Annual report of the Civil Veterinary Department, Bengal, for the year 1897-98 - 1897-1898
Year: 1897
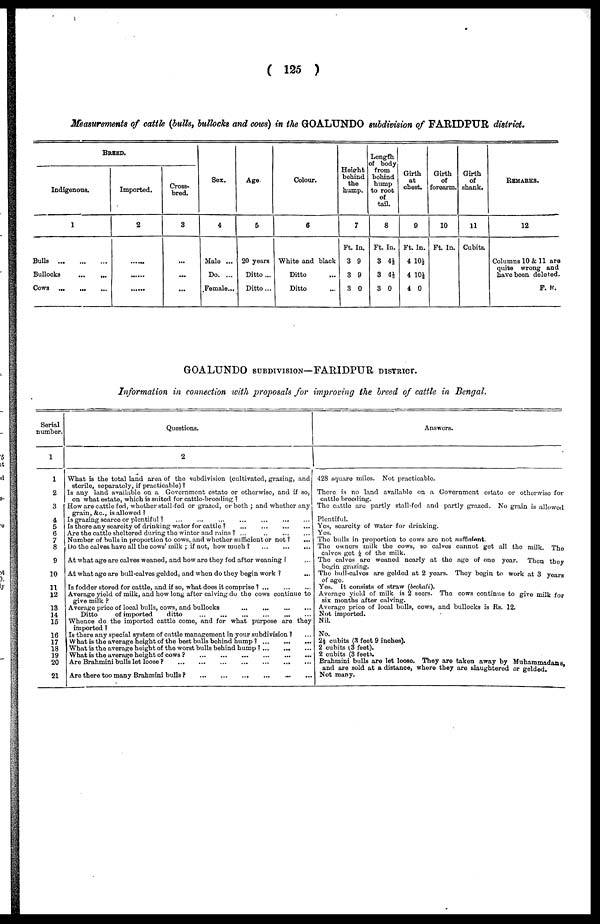
(125)
Measurements of cattle (bulls, bullocks and cows) in the GOALUNDO subdivision of FARIDPUR district.
BREED.
Indigenous.
1
Bulls
...
...
...
Bullocks
...
...
Cows
...
...
...
Imported.
2
......
......
......
Cross-
bred.
3
...
...
...
Sex.
4
Male ...
Do. ...
Female...
Age
5
20 years
Ditto ...
Ditto ...
Colour.
6
White and black
Ditto
Ditto
Height
behind
the
hump.
7
Ft. In.
3 9
3 9
3 0
Length
of body
from
bohind
hump
to root
of
tail.
8
Ft. In.
3 4½
3 4½
3 0
Girth
at
chest.
9
Ft. In.
4 10½
4 10½
4 0
Girth
of
forearm.
10
Ft. In.
Girth
of
shank.
11
Cubits.
REMARKS.
12
Columns 10 & 11 are
quite wrong and
have boon deleted.
F. It.
GOALUNDO SUBDIVISION—FARIDPUR DISTRICT.
Information in connection with proposals for improving the breed of cattle in Bengal.
Serial
number.
1
1
2
3
4
5
6
7
8
9
10
11
12
13
14
15
16
17
18
19
20
21
Questions.
2
What is the total land area of the subdivision (cultivated, grazing, and
sterile, separately, if practicable)?
Is any land available on a Government estae or othorwisc, and if so,
on what estate, which is suited for cattle-breeding?
How are cattle fed, whether stall-fed or grazed, or both; and whether any
grain, &c., is allowed?
Is grazing scarce or plentiful?
...
...
...
...
...
...
...
Is there any scarcity of drinking water for cattle?
...
...
...
...
Are the cattle sheltered during the winter and rains? ...
..
...
...
Number of bulls in proportion to cows, and whether sufficient or not?
...
Do the calves have all the cows' milk; if not, how much?
...
...
...
At what age are calves weaned, and how are they fed after weaning? ...
At what age are bull-calves geldod, and when do they begin work?
...
Is fodder stored for cattle, and if so, what does it comprise ?
...
...
...
Average yield of milk, and how long after calving do the cows continue to
give milk?
Average price of local bulls, cows, and bullocks
...
...
...
...
Ditto
of imported
ditto ... ... ... ... ... ...
Whence do the imported cattle come, and for what purpose are they
imported?
Is there any special system of cattle management in your subdivision? ...
What is the average height of the best bulls behind hump? ...
...
...
What is the average height of the worst bulls behind hump?
...
...
...
What is the average height of cows?
...
...
...
...
...
...
Are Brahmini bulls let loose?
...
...
...
...
...
...
...
Are there too many Brahmini bulls?
...
...
...
...
...
...
Answers.
428 square miles. Not practicable
There is no land available on a Government estate or otherwise for
cattle breeding.
The cattle are partly stall-fed and partly grazed. No grain is allowed
Plentiful.
Yes, scarcity of water for drinking.
Yes.
The bulls in proportion to cows are not sufficient.
The owners milk the cows, so calves cannot got all the milk. The
calves get 1/4 of the milk.
The calves are weaned nearly at the age of one year.
Then they
begin grazing.
The bull-calves are gelded at 2 years. They begin to work at 3 years
of age.
Yes. It consists of straw (bechali).
Average yield of milk is 2 seers. The cows continue to give milk for
six months after calving.
Average price of local bulls, cows, and bullocks is Rs. 12.
Not imported.
Nil.
No.
2½ cubits (3 feet 9 inches).
2 cubits (3 feet).
2 cubits (3 feet).
Brahmini bulls are let loose. They are taken away by Muhammadans
and are sold at a distance, where they are slaughtered or gelded.
Not many.